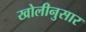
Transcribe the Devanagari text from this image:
खोलीनुसार